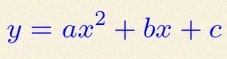
y=ax^2+bx+c